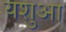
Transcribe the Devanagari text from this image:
यशुआ